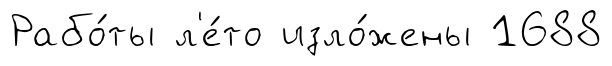
Рабо́ты л'е́то изло́жены 1688